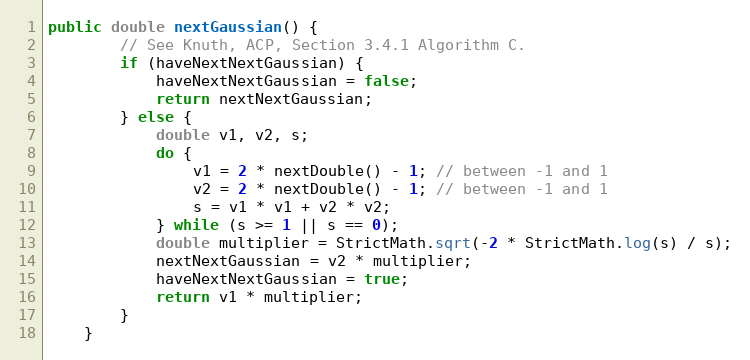
Language: Java
public double nextGaussian() {
        // See Knuth, ACP, Section 3.4.1 Algorithm C.
        if (haveNextNextGaussian) {
            haveNextNextGaussian = false;
            return nextNextGaussian;
        } else {
            double v1, v2, s;
            do {
                v1 = 2 * nextDouble() - 1; // between -1 and 1
                v2 = 2 * nextDouble() - 1; // between -1 and 1
                s = v1 * v1 + v2 * v2;
            } while (s >= 1 || s == 0);
            double multiplier = StrictMath.sqrt(-2 * StrictMath.log(s) / s);
            nextNextGaussian = v2 * multiplier;
            haveNextNextGaussian = true;
            return v1 * multiplier;
        }
    }